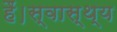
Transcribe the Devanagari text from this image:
हैं।स्वास्थ्य